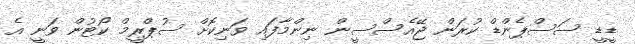
ޑީޑީ ސަސްޕެންޑް ކުރަން ޖޭއެސްސީން ނިންމާފައި ވަނިކޮށް ސުޕްރީމް ކޯޓުން ވަނީ އެ